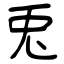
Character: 兎